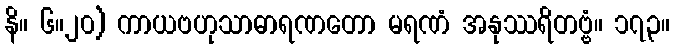
နိ။ ၆။၂၀) ကာယဗဟုသာဓာရဏတော မရဏံ အနုဿရိတဗ္ဗံ။ ၁၇၃။